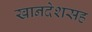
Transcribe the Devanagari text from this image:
खानदेशसह